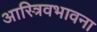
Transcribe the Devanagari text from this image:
आस्त्रिवभावना